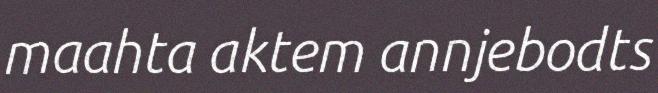
maahta aktem annjebodts